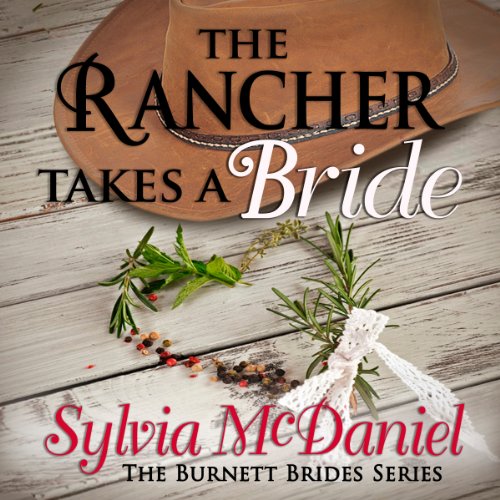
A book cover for The Rancher Takes a Bride: The Burnett Brides, Book 1; Sylvia McDaniel; Romance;